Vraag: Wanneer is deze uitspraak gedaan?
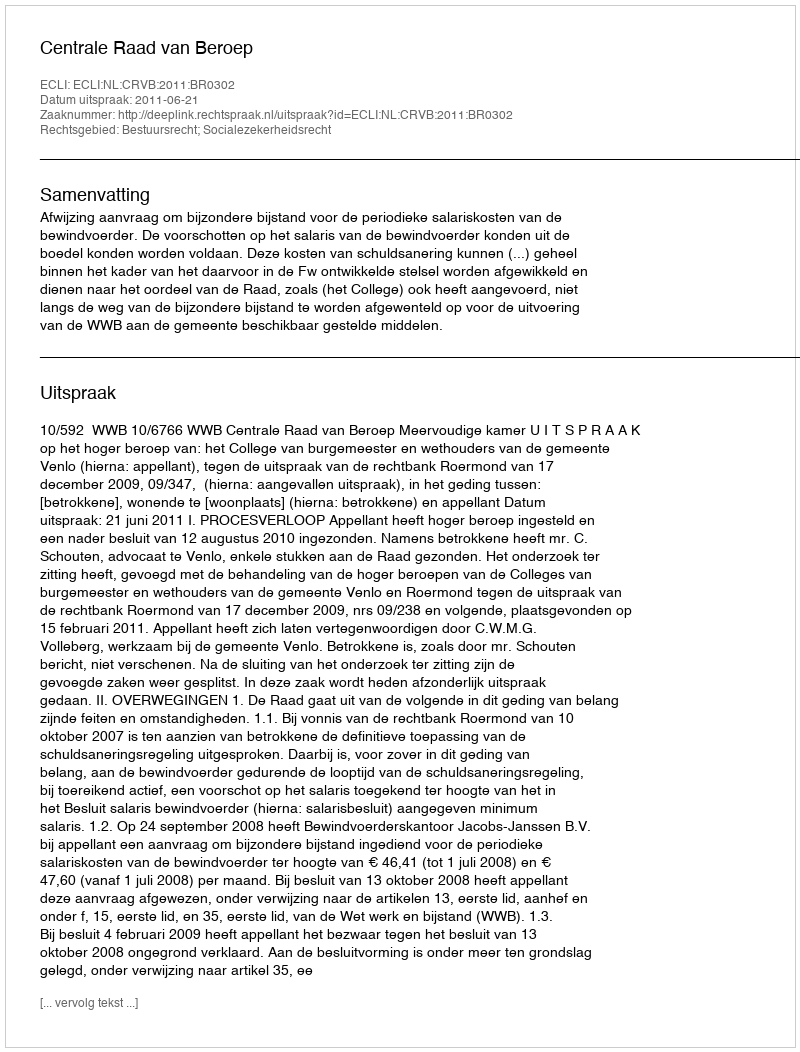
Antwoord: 2011-06-21